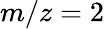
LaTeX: m/z=2